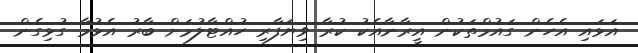
އަޅައި އެހެން ގައުމްތަކުން އީރާނާއެކު ކުރާ ވިޔަފާރި ހުއްޓާލުމަށް ބާރު އެޅުމާ ގުޅިގެން